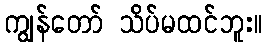
ကျွန်တော် သိပ်မထင်ဘူး။